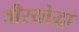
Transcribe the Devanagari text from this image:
वीरयोद्धा